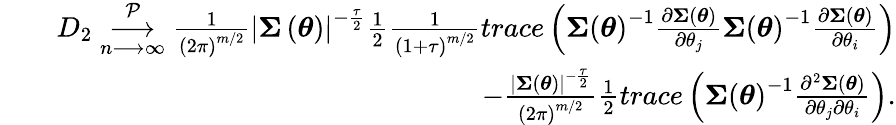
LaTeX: \begin{array}{rlr}&{}&{D_{2}\underset{n\longrightarrow\infty}{\overset{\mathcal{P}}{\longrightarrow}}\frac{1}{\left(2\pi\right)^{m/2}}\left\vert\boldsymbol{\Sigma}\left(\boldsymbol{\theta}\right)\right\vert^{-\frac{\tau}{2}}\frac{1}{2}\frac{1}{\left(1+\tau\right)^{m/2}}trace\left(\boldsymbol{\Sigma}\left(\boldsymbol{\theta}\right)^{-1}\frac{\partial\boldsymbol{\Sigma}\left(\boldsymbol{\theta}\right)}{\partial\theta_{j}}\boldsymbol{\Sigma}\left(\boldsymbol{\theta}\right)^{-1}\frac{\partial\boldsymbol{\Sigma}\left(\boldsymbol{\theta}\right)}{\partial\theta_{i}}\right)}\\ &{}&{-\frac{\left\vert\boldsymbol{\Sigma}\left(\boldsymbol{\theta}\right)\right\vert^{-\frac{\tau}{2}}}{\left(2\pi\right)^{m/2}}\frac{1}{2}trace\left(\boldsymbol{\Sigma}\left(\boldsymbol{\theta}\right)^{-1}\frac{\partial^{2}\boldsymbol{\Sigma}\left(\boldsymbol{\theta}\right)}{\partial\theta_{j}\partial\theta_{i}}\right).}\end{array}